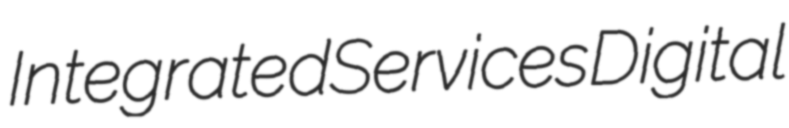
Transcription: Integrated Services Digital